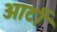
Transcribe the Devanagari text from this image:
आर्टा